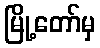
မြို့တော်မှ